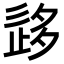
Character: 𡖰